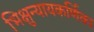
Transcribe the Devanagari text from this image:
भिक्षुन्यायकर्णिका